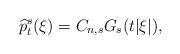
LaTeX: \begin{align*} \widehat{p}_t^s(\xi)=C_{n,s} G_s(t|\xi|),\end{align*}